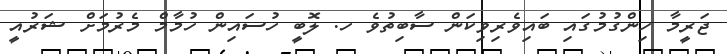
ޖަރީމާ ހިންގުމުގައި ބައިވެރިވިކަން ސާބިތުވެ ހ. ލޮބީ ހުސައިން ހުމާމް މެރުމަށް ޝަރުއީ